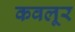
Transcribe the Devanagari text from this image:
कवलूर